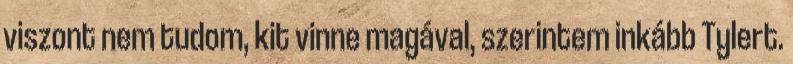
viszont nem tudom, kit vinne magával, szerintem inkább Tylert.